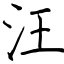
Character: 汪